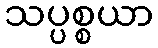
သပ္ပစ္စယာ